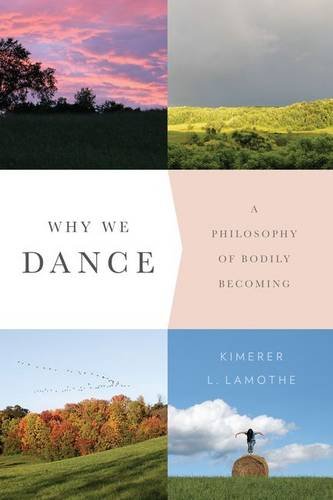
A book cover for Why We Dance: A Philosophy of Bodily Becoming; Kimerer L. LaMothe; Humor & Entertainment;